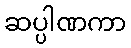
ဆပ္ပါဏကာ